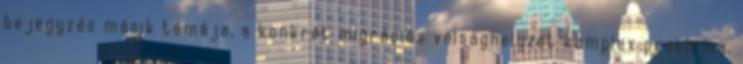
bejegyzés másik témája, a konkrét migrációs válsághelyzet komplex probléma.